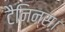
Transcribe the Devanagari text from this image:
टैनिन्स।